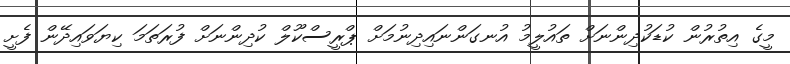
މީގެ އިތުރުން ކުޑަކުދިންނަށް ތައުލީމު އުނގަންނައިދިނުމަށް ޕްރީސްކޫލް ކުދިންނަށް ފުރަތަމަ ކިޔަވައިދޭން ފެށީ